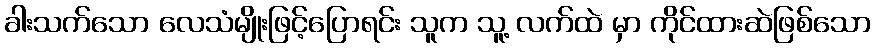
ခါးသက်သော လေသံမျိုးဖြင့်ပြောရင်း သူက သူ့ လက်ထဲ မှာ ကိုင်ထားဆဲဖြစ်သော